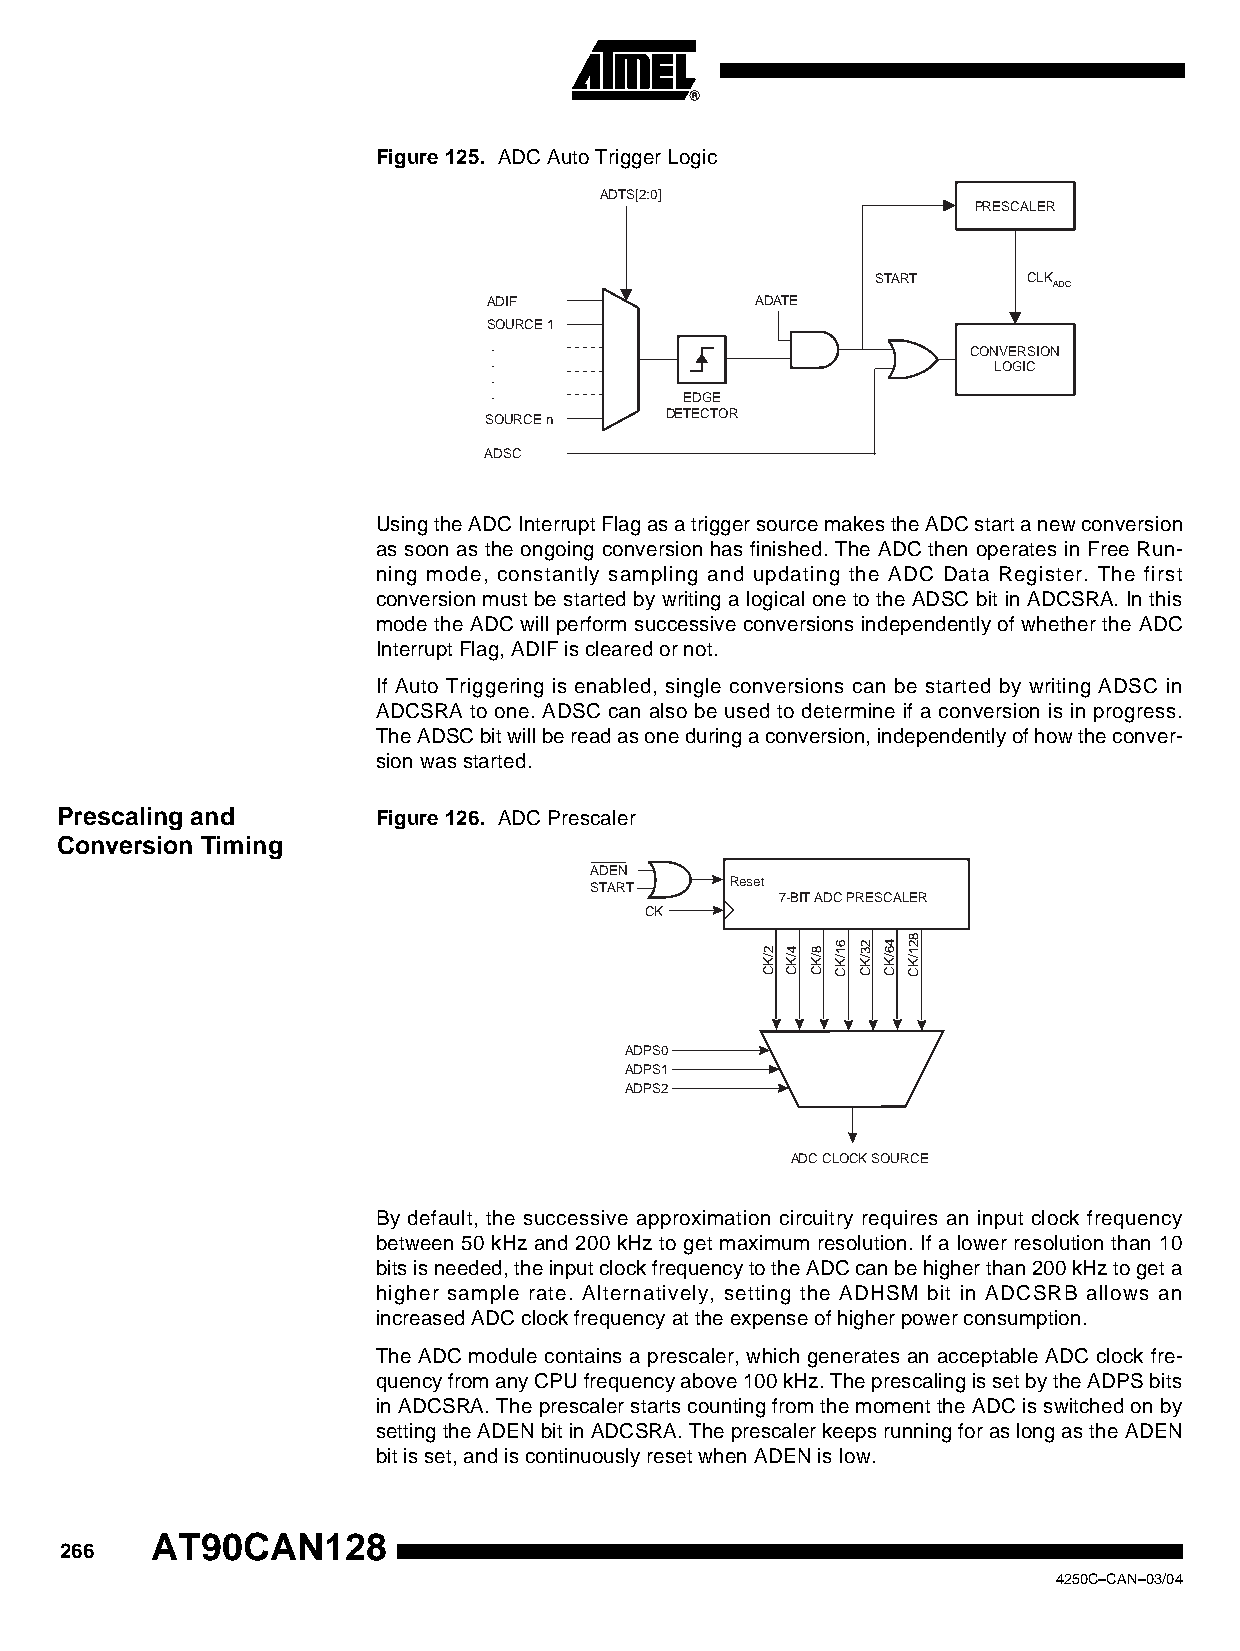
Figure 125. ADC Auto Trigger Logic
 ADTS[2:0]
 PRESCALER
 START     CLK
 ADC
 ADIF              ADATE
 SOURCE 1
 .                              CONVERSION
 .                                LOGIC
 .
 .           EDGE
 SOURCE n    DETECTOR
 ADSC
 Using the ADC Interrupt Flag as a trigger source makes the ADC start a new conversion
 as soon as the ongoing conversion has finished. The ADC then operates in Free Run-
 ning mode, constantly sampling and updating the ADC Data Register. The first
 conversion must be started by writing a logical one to the ADSC bit in ADCSRA. In this
 mode the ADC will perform successive conversions independently of whether the ADC
 Interrupt Flag, ADIF is cleared or not.
 If Auto Triggering is enabled, single conversions can be started by writing ADSC in
 ADCSRA to one. ADSC can also be used to determine if a conversion is in progress.
 The ADSC bit will be read as one during a conversion, independently of how the conver-
 sion was started.
 Prescaling and       Figure 126. ADC Prescaler
 Conversion Timing
 ADEN
 START    Reset
 7-BIT ADC PRESCALER
 CK
 8
 6 2 4 2
 2 4 8 1 3 6 1
 K/ K/ K/ K/ K/ K/ K/
 C C C C C C C
 ADPS0
 ADPS1
 ADPS2
 ADC CLOCK SOURCE
 By default, the successive approximation circuitry requires an input clock frequency
 between 50 kHz and 200 kHz to get maximum resolution. If a lower resolution than 10
 bits is needed, the input clock frequency to the ADC can be higher than 200 kHz to get a
 higher sample rate. Alternatively, setting the ADHSM bit in ADCSRB allows an
 increased ADC clock frequency at the expense of higher power consumption.
 The ADC module contains a prescaler, which generates an acceptable ADC clock fre-
 quency from any CPU frequency above 100 kHz. The prescaling is set by the ADPS bits
 in ADCSRA. The prescaler starts counting from the moment the ADC is switched on by
 setting the ADEN bit in ADCSRA. The prescaler keeps running for as long as the ADEN
 bit is set, and is continuously reset when ADEN is low.
 AT90CAN128
 266
 4250C–CAN–03/04